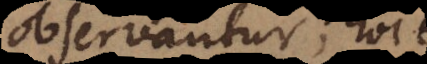
observantur; hoc